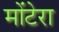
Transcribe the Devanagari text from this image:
मोंटेरा